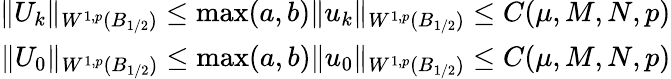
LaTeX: \begin{array}{r}{\| U_{k}\| _{W^{1,p}(B_{1/2})}\le\operatorname*{max}(a,b)\| u_{k}\| _{W^{1,p}(B_{1/2})}\le C(\mu,M,N,p)}\\ {\| U_{0}\| _{W^{1,p}(B_{1/2})}\le\operatorname*{max}(a,b)\| u_{0}\| _{W^{1,p}(B_{1/2})}\le C(\mu,M,N,p)}\end{array}